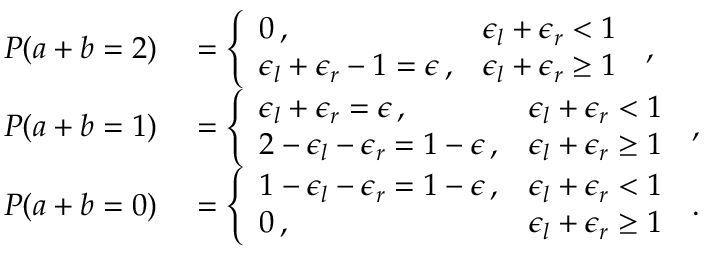
\begin{array} { r l } { P ( a + b = 2 ) } & { { } = \left\{ \begin{array} { l l } { 0 \, , } & { \epsilon _ { l } + \epsilon _ { r } < 1 } \\ { \epsilon _ { l } + \epsilon _ { r } - 1 = \epsilon \, , } & { \epsilon _ { l } + \epsilon _ { r } \geq 1 } \end{array} \right. \, , } \\ { P ( a + b = 1 ) } & { { } = \left\{ \begin{array} { l l } { \epsilon _ { l } + \epsilon _ { r } = \epsilon \, , } & { \epsilon _ { l } + \epsilon _ { r } < 1 } \\ { 2 - \epsilon _ { l } - \epsilon _ { r } = 1 - \epsilon \, , } & { \epsilon _ { l } + \epsilon _ { r } \geq 1 } \end{array} \right. \, , } \\ { P ( a + b = 0 ) } & { { } = \left\{ \begin{array} { l l } { 1 - \epsilon _ { l } - \epsilon _ { r } = 1 - \epsilon \, , } & { \epsilon _ { l } + \epsilon _ { r } < 1 } \\ { 0 \, , } & { \epsilon _ { l } + \epsilon _ { r } \geq 1 } \end{array} \right. \, . } \end{array}